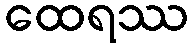
ထေရဿ